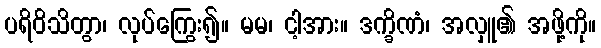
ပရိဝိသိတွာ၊ လုပ်ကြွေး၍။ မမ၊ ငါ့အား။ ဒက္ခိဏံ၊ အလှူ၏ အဖို့ကို။